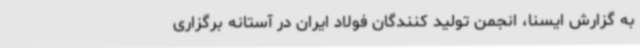
به گزارش ایسنا، انجمن تولید کنندگان فولاد ایران در آستانه برگزاری